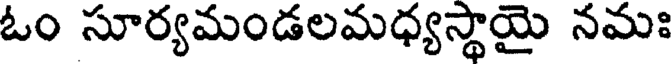
ఓం సూర్యమండలమధ్యస్థాయై నమః